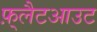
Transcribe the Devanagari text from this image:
फ़्लैटआउट